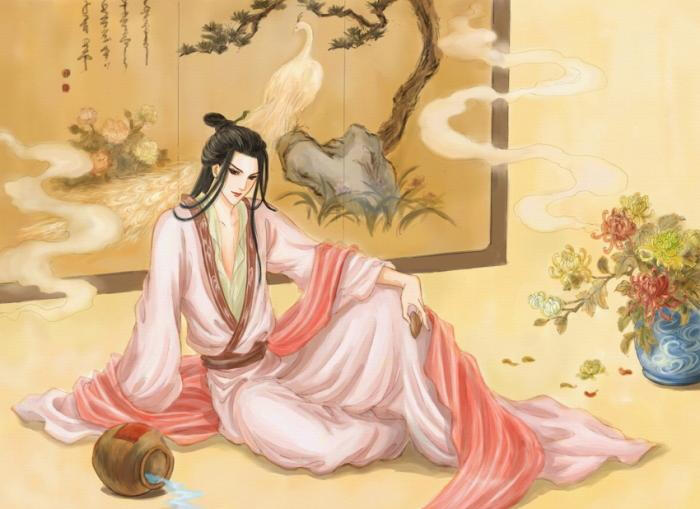
忆得盈盈拾翠侣，共携赏凤城寒食。